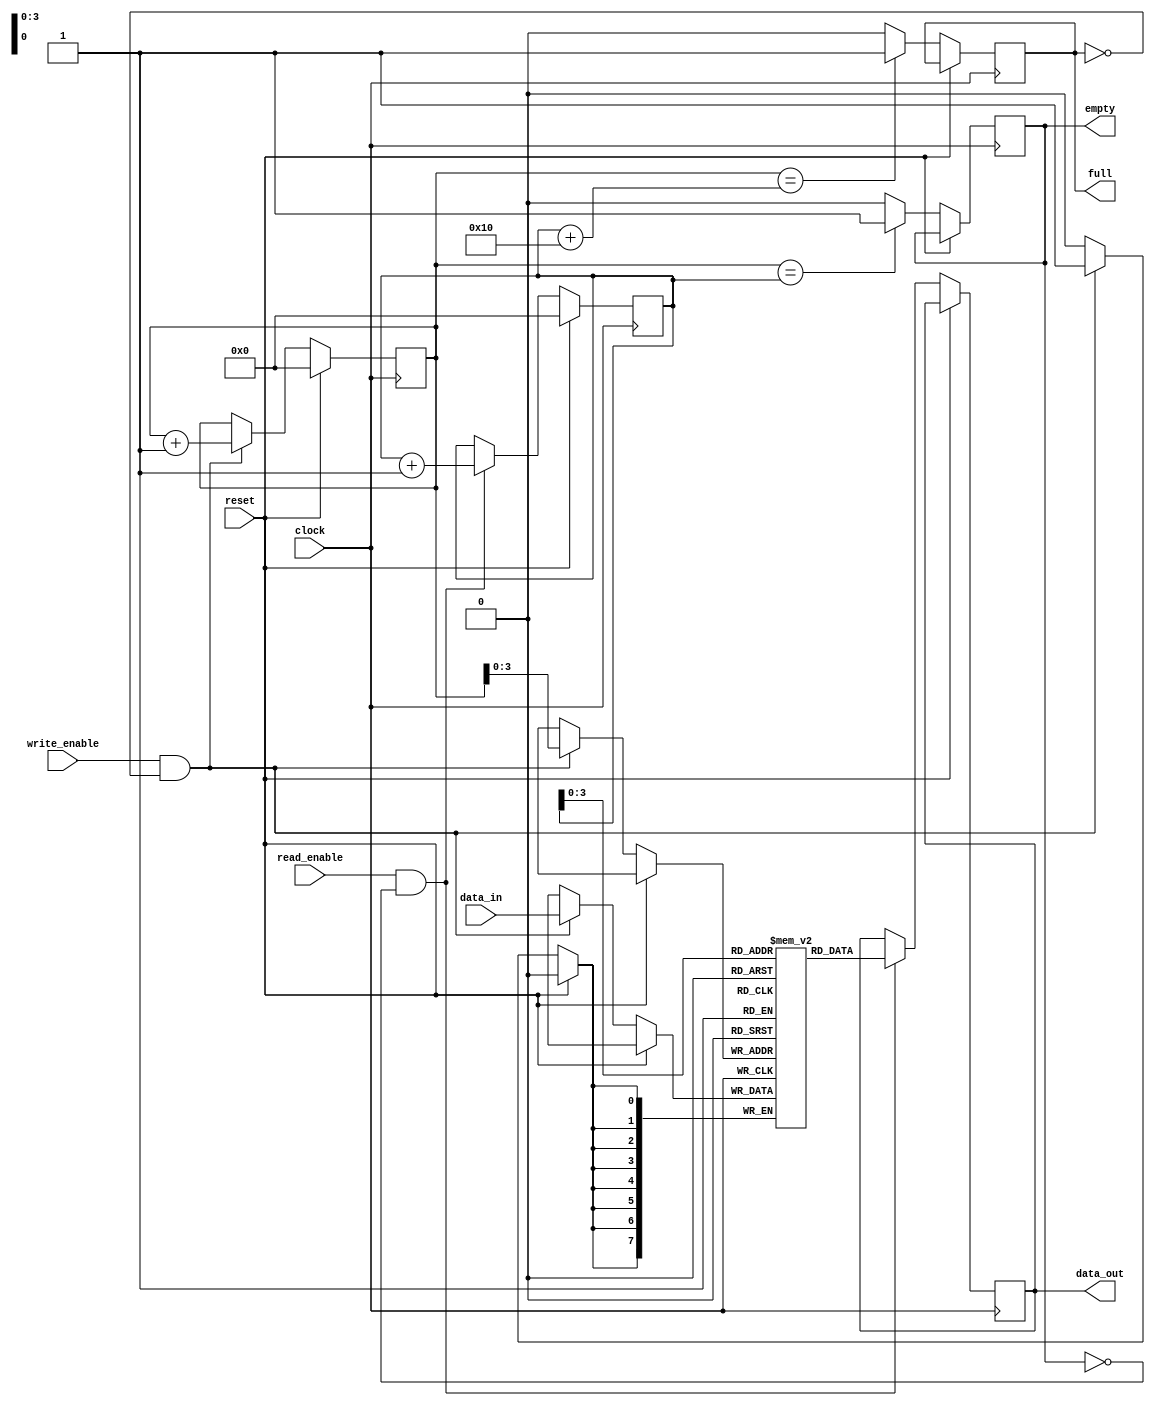
module Parametrizable_FIFO #(parameter WIDTH = 8, parameter DEPTH = 16)(
    input wire clock,
    input wire reset,
    input wire write_enable,
    input wire read_enable,
    input wire [WIDTH-1:0] data_in,
    output reg [WIDTH-1:0] data_out,
    output reg full,
    output reg empty
);

reg [WIDTH-1:0] memory [0:DEPTH-1];
reg [WIDTH-1:0] read_pointer = 0;
reg [WIDTH-1:0] write_pointer = 0;

always @(posedge clock) begin
    if (reset) begin
        read_pointer <= 0;
        write_pointer <= 0;
    end else begin
        if (write_enable && !full) begin
            memory[write_pointer] <= data_in;
            write_pointer <= write_pointer + 1;
        end
        
        if (read_enable && !empty) begin
            data_out <= memory[read_pointer];
            read_pointer <= read_pointer + 1;
        end
        
        full <= (write_pointer == read_pointer + DEPTH) ? 1 : 0;
        empty <= (write_pointer == read_pointer) ? 1 : 0;
    end
end

endmodule